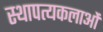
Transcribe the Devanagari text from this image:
स्थापत्यकलाओं